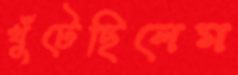
খুঁটেছিলেম